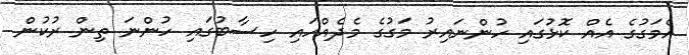
އެމަގުގެ އެއް ކޮޅުގައި ހުންނައިރު މަގުގެ މެދެއްހައި ހިސާބުގައި ހުންނަ ތިން ރުކުން